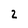
Character: 2